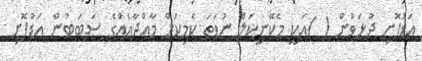
އަޑުފޮށި ދުޅަވުން ( )އަކީ މެކޭނިކަލް ނުވަތަ ކެމިކަލް މާއްދާއެއްގެ ސަބަބުން އަޑުފޮށި